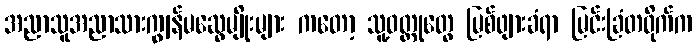
အညာသူအညာသားကျွန်မဆွေမျိုးများ ကတော့ သူ့ဝတ္ထုတွေ မြစ်ဖျားခံရာ မြင်းခြံတဝိုက်က